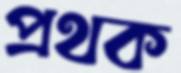
প্রথক